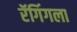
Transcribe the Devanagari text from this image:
रॅगिंगला